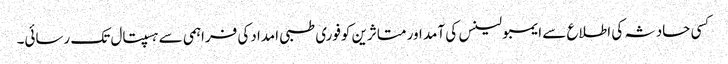
کسی حادثہ کی اطلاع سے ایمبولینس کی آمد اور متاثرین کوفوری طبی امدادکی فراہمی سے ہسپتال تک رسائی۔